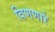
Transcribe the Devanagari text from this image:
विणणारे